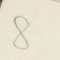
8